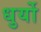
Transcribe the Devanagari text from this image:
धुर्यो